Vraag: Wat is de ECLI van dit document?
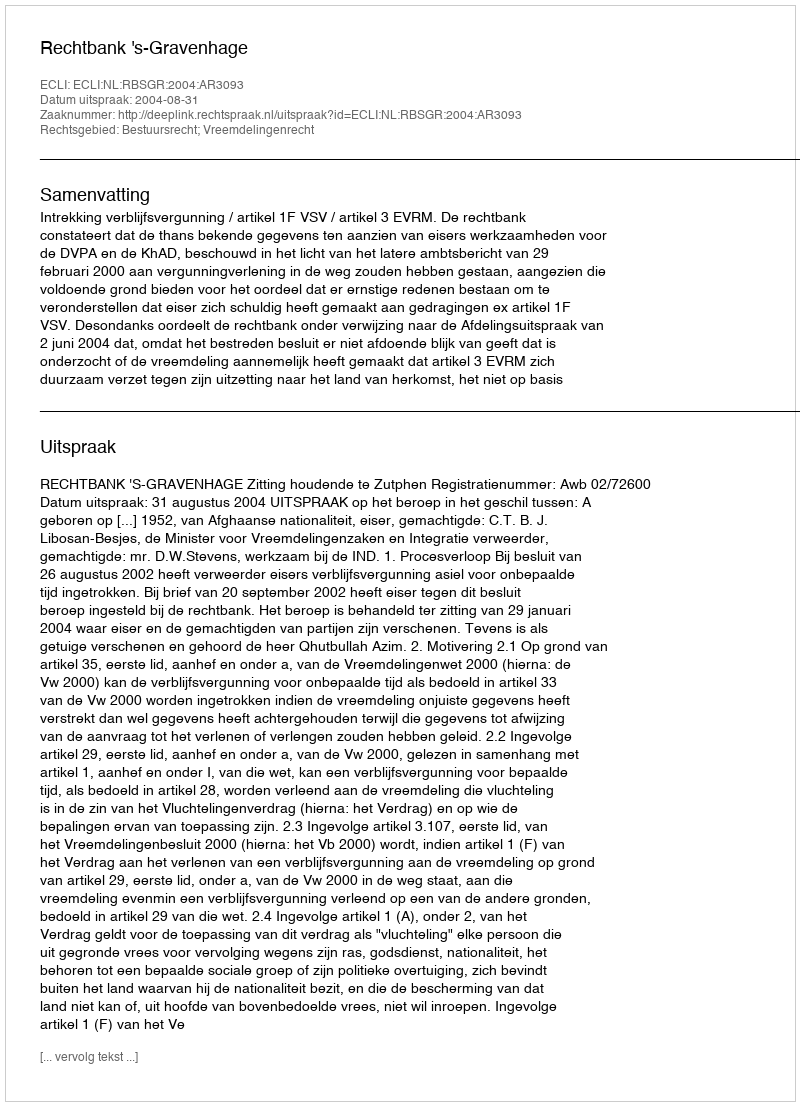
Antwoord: ECLI:NL:RBSGR:2004:AR3093